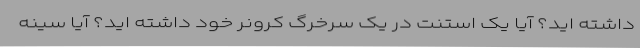
داشته اید؟ آیا یک استنت در یک سرخرگ کرونر خود داشته اید؟ آیا سینه